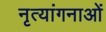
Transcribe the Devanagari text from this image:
नृत्‍यांगनाओं